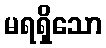
မရရှိသော